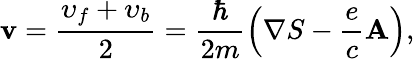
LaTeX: {\mathbf v}=\frac{\upsilon_{f}+\upsilon_{b}}{2}=\frac{\hbar}{2m}\left({\mathbf\nabla}S-\frac{e}{c}{\mathbf A}\right),